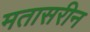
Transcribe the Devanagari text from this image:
मतासरीन